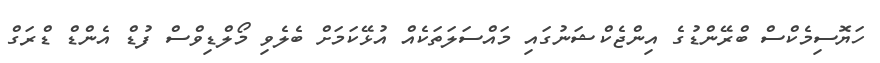
ހަޔޮސިމެކްސް ބްރޭންޑުގެ އިންޖެކްޝަނުގައި މައްސަލަތަކެއް އުޅޭކަމަށް ބެލެވި މޯލްޑިވްސް ފުޑް އެންޑް ޑްރަގް